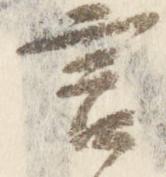
言